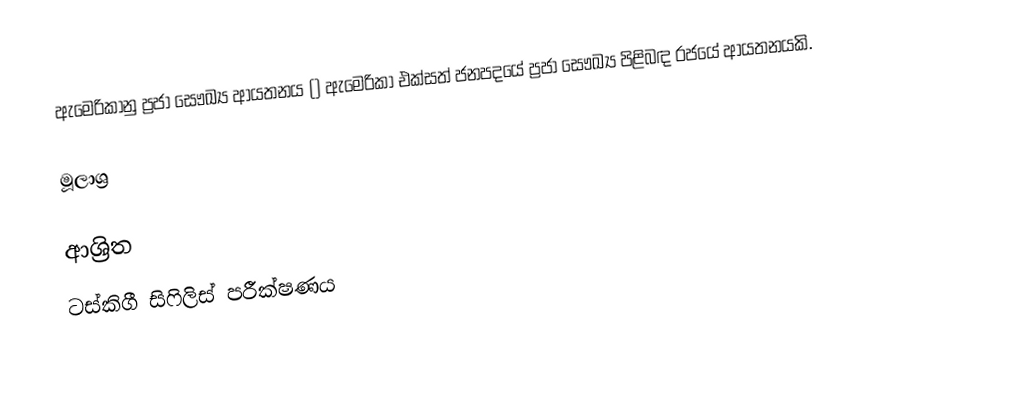
ඇමෙරිකානු ප්‍රජා සෞඛ්‍ය ආයතනය () ඇමෙරිකා එක්සත් ජනපදයේ ප්‍රජා සෞඛ්‍ය පිළිබඳ රජයේ ආයතනයකි.

මූලාශ්‍ර

ආශ්‍රිත
 ටස්කිගී සිෆිලිස් පරීක්ෂණය